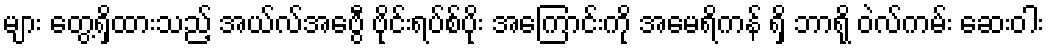
များ တွေ့ရှိထားသည့် အယ်လ်အေဗွီ ဗိုင်းရပ်စ်ပိုး အကြောင်းကို အမေရိကန် ရှိ ဘာရို ဝဲလ်ကမ်း ဆေးဝါး